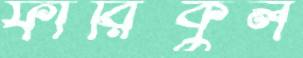
ফারিকুল